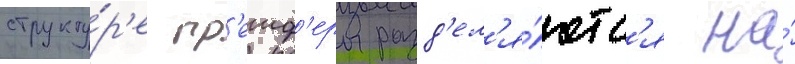
структу́р'е гр'еиф'еры разд'ел'я́ютс'я на́